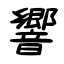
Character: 響